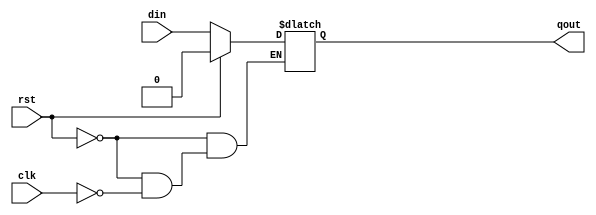
module d_latch(din, clk, rst, qout) ;

	input din, clk, rst ;
	output reg qout ;

	always @(clk, rst, din)
		begin: always_block

			if( rst == 1 'b1)
				qout = 1 'b0 ;

			else if(clk == 1 'b1)
				begin 
					qout = din ;
				end

		end: always_block
endmodule